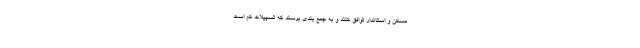
مسکن و استاندار توافق کنند و به جمع بندی برسند که تسهیلات کم است